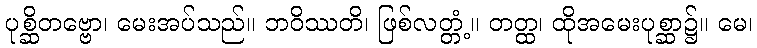
ပုစ္ဆိတဗ္ဗော၊ မေးအပ်သည်။ ဘဝိဿတိ၊ ဖြစ်လတ္တံ့။ တတ္ထ၊ ထိုအမေးပုစ္ဆာ၌။ မေ၊